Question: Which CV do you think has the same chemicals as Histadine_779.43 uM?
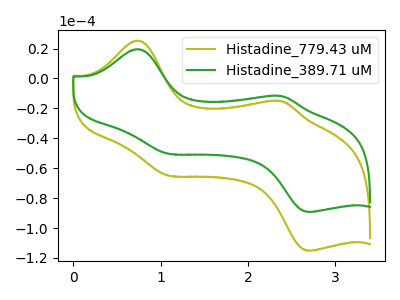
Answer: <think>The olive curve "Histadine_779.43 uM" has anodic peaks at (0.75V, 25.30uA) (2.40V, -15.20uA) and cathodic peaks at (1.10V, -64.90uA) (2.75V, -115.15uA). The green curve "Histadine_389.71 uM" has anodic peaks at (0.75V, 19.60uA) (2.40V, -11.80uA) and cathodic peaks at (1.10V, -50.30uA) (2.75V, -89.25uA).
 All the peaks in "Histadine_779.43 uM" have a peak in "Histadine_389.71 uM" at the same potential.</think>
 <answer>The CV with the most similar shape to "Histadine_389.71 uM" is "Histadine_779.43 uM".</answer>
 <eval>"Histadine_779.43 uM"</eval>